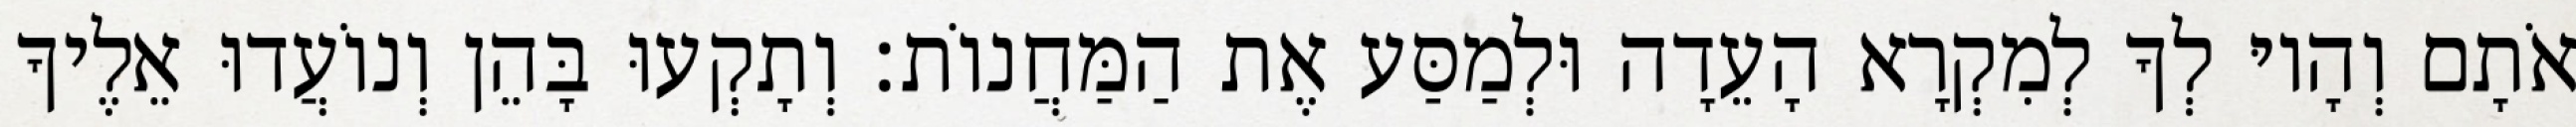
אֹתָם וְהָיוּ לְךָ לְמִקְרָא הָעֵדָה וּלְמַסַּע אֶת הַמַּחֲנוֹת׃ וְתָקְעוּ בָּהֵן וְנוֹעֲדוּ אֵלֶיךָ